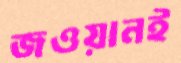
জওয়ানই